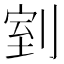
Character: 𭃸